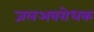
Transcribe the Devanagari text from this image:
जलअवरोधक